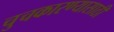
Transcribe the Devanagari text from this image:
चुचकारण्यासाठी